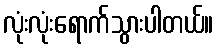
လုံးလုံးရောက်သွားပါတယ်။